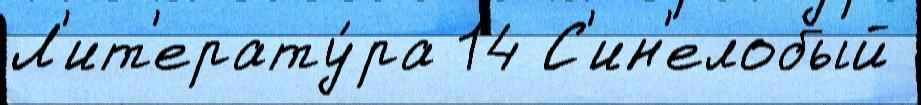
Л'ит'ерату́ра 14 С'ин'елобый